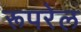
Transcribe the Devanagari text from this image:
रूपरेल